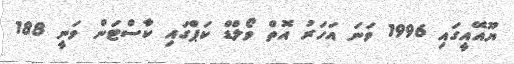
ޔޫއޭއީގައި 1996 ވަނަ އަހަރު އޮތް ވޯލްޑް ކަޕްގައި ކާސްޓަން ވަނީ 188